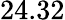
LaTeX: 24.32